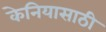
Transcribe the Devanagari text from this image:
केनियासाठी